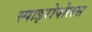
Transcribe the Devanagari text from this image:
स्पाइरोपोलस